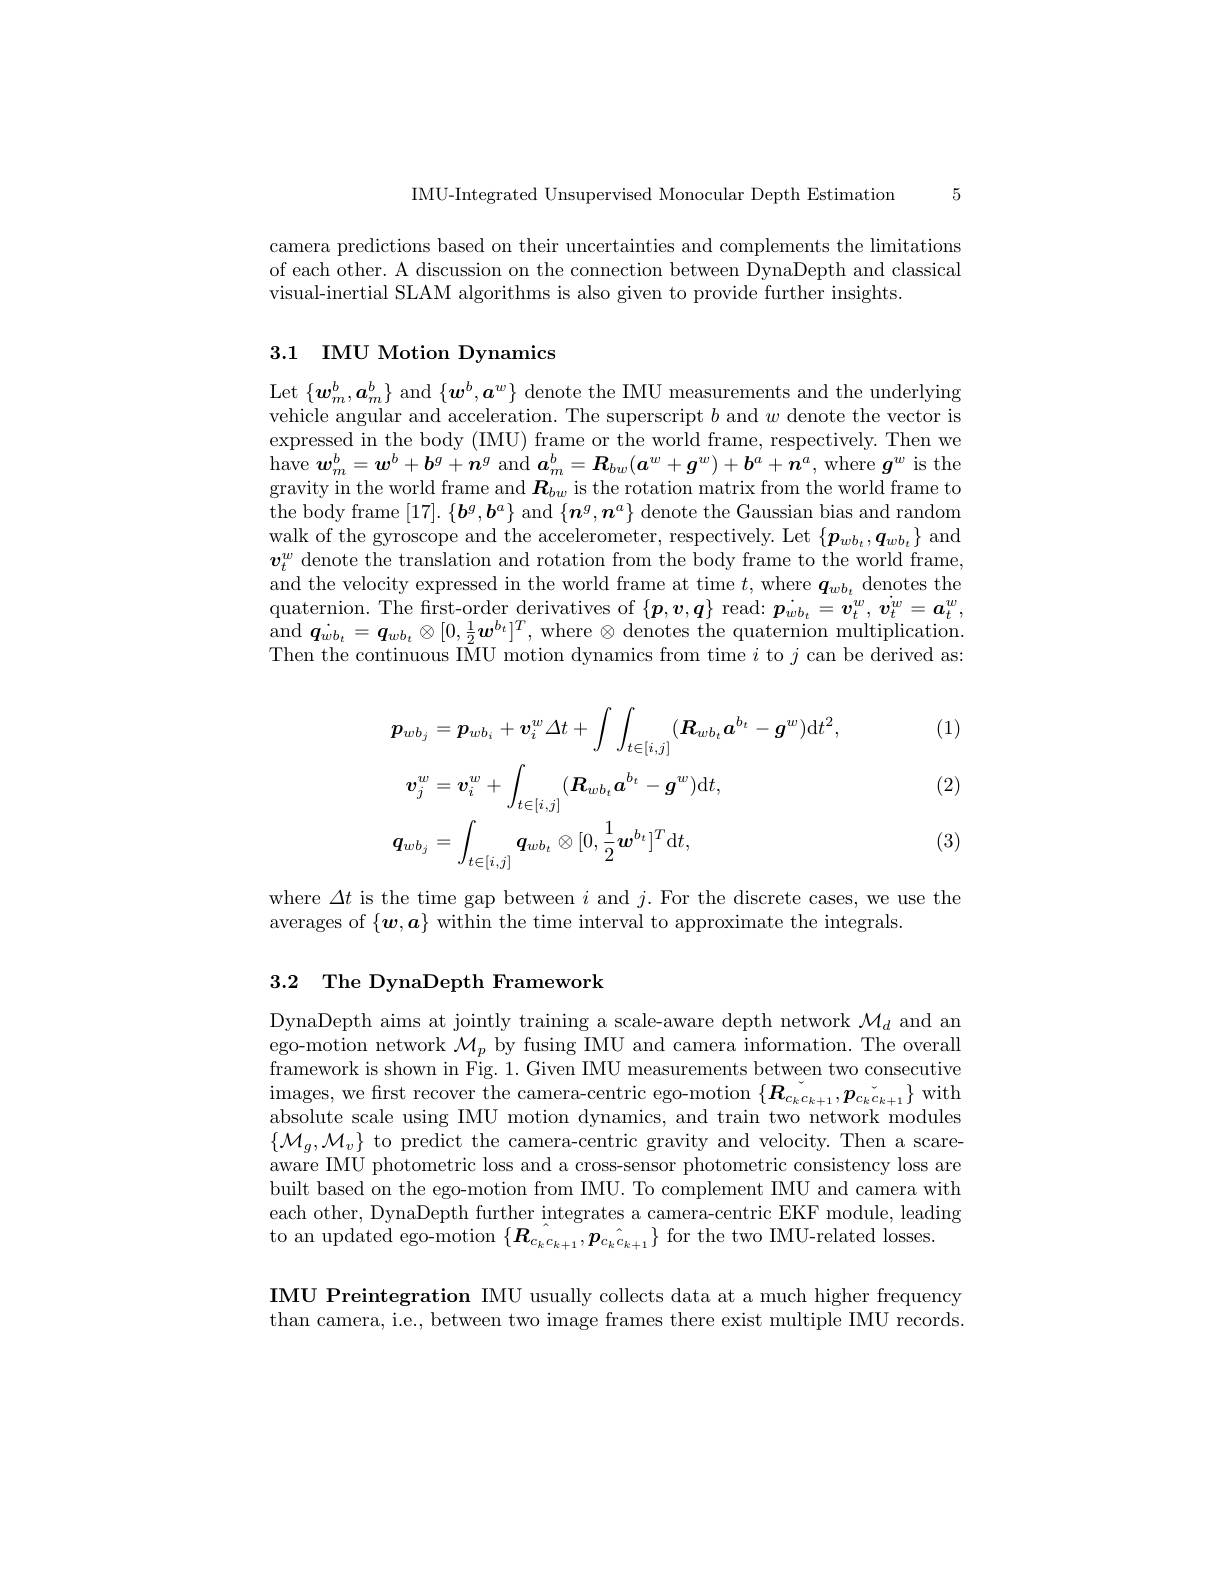
IMU-Integrated Unsupervised Monocular Depth Estimation 5

camera predictions based on their uncertainties and complements the limitations of each other. A discussion on the connection between DynaDepth and classical visual-inertial SLAM algorithms is also given to provide further insights.

# 3.1 IMU Motion Dynamics

Let $\{\boldsymbol w_{m}^{b},\boldsymbol{a}_{m}^{b}\}$ and $\{\boldsymbol w^{b},\boldsymbol{a}^{w}\}$ denote the IMU measurements and the underlying vehicle angular and acceleration. The superscript $b$ and $w$ denote the vector is expressed in the body (IMU) frame or the world frame, respectively. Then we $\operatorname{have}\boldsymbol{w}_m^b=\boldsymbol{w}^b+\boldsymbol{b}^g+\boldsymbol{n}^g$ and $\boldsymbol{a}_m^b=\boldsymbol{R}_{bw}(\boldsymbol{a}^w+\boldsymbol{g}^w)+\boldsymbol{b}^a+\boldsymbol{n}^a$, where $\boldsymbol{g}^w$ is the gravity in the world frame and $\boldsymbol R_{bw}$ is the rotation matrix from the world frame to the body frame $[17].\begin{array}{c}\{\boldsymbol{b}^{g},\boldsymbol{b}^{a}\}\mathrm{~and~}\{\boldsymbol{n}^{g},\boldsymbol{n}^{a}\}\end{array}$ denote the Gaussian bias and random walk of the gyroscope and the accelerometer, respectively. Let $\{\boldsymbol{p}_{wb_t},\boldsymbol{q}_{wb_t}\}$ and $\boldsymbol{v}_t^w$ denote the translation and rotation from the body frame to the world frame, and the velocity expressed in the world frame at time $t$,where $\boldsymbol q_wb_t$ denotes the quaternion. The first-order derivatives of $\{\boldsymbol{p},\boldsymbol{v},\boldsymbol{q}\}$ read: $\boldsymbol{p}_wb_t=\boldsymbol{v}_t^w,\dot{\boldsymbol{v}}_t^w=\boldsymbol{a}_t^w$, and $\boldsymbol{q}_{wb_{t}}= \boldsymbol{q}_{wb_{t}}\otimes [ 0, \frac 12\boldsymbol{w}^{b_{t}}] ^{T}$, where $\otimes$ denotes the quaternion multiplication. Then the continuous IMU motion dynamics from time $i$ to $j$ can be derived as:

(1)

(2)
$$\begin{aligned}&\boldsymbol{p}_{wb_{j}}=\boldsymbol{p}_{wb_{i}}+\boldsymbol{v}_{i}^{w}\Delta t+\int\int_{t\in[i,j]}(\boldsymbol{R}_{wb_{t}}\boldsymbol{a}^{b_{t}}-\boldsymbol{g}^{w})\mathrm{d}t^{2},\\&\boldsymbol{v}_{j}^{w}=\boldsymbol{v}_{i}^{w}+\int_{t\in[i,j]}(\boldsymbol{R}_{wb_{t}}\boldsymbol{a}^{b_{t}}-\boldsymbol{g}^{w})\mathrm{d}t,\\&\boldsymbol{q}_{wb_{j}}=\int_{t\in[i,j]}\boldsymbol{q}_{wb_{t}}\otimes[0,\frac{1}{2}\boldsymbol{w}^{b_{t}}]^{T}\mathrm{d}t,\end{aligned}$$
(3)

where $\Delta t$ is the time gap between $i$ and $j.$ For the discrete cases, we use the
averages of $\{\boldsymbol w,\boldsymbol{a}\}$ within the time interval to approximate the integrals

# 3.2 The DynaDepth Framework

DynaDepth aims at jointly training a scale-aware depth network $\mathcal{M}_d$ and an ego-motion network $\mathcal{M}_p$ by fusing IMU and camera information. The overall framework is shown in Fig. 1. Given IMU measurements between two consecutive $\begin{array}{c}\mathrm{images,~we~first~recover~the~camera-centric~ego-motion~}\{\boldsymbol{R}_{c_kc_{k+1}}^{{\sim}},\boldsymbol{p}_{c_kc_{k+1}}\}&\mathrm{with}\\\end{array}$ absolute scale using IMU motion dvnamics. and train two network modules $\{\mathcal{M}_g,\mathcal{M}_v\}$ to predict the camera-centric gravity and velocity. Then a scareaware IMU photometric loss and a cross-sensor photometric consistency loss are built based on the ego-motion from IMU. To complement IMU and camera with each other, DynaDepth further integrates a camera-centric EKF module, leading to an updated ego-motion $\{\hat{\boldsymbol{R}}_{c_{k}c_{k+1}},\hat{\boldsymbol{p}}_{c_{k}c_{k+1}}\}$ for the two IMU-related losses.

IMU Preintegration IMU usually collects data at a much higher frequency than camera, i.e., between two image frames there exist multiple IMU records